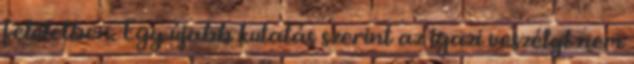
felületben. Egy újabb kutatás szerint az igazi veszélyt nem